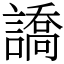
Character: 譑